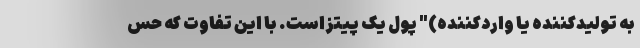
به تولید‌کننده یا وارد‌کننده)" پول یک پیتزاست. با این تفاوت که حس